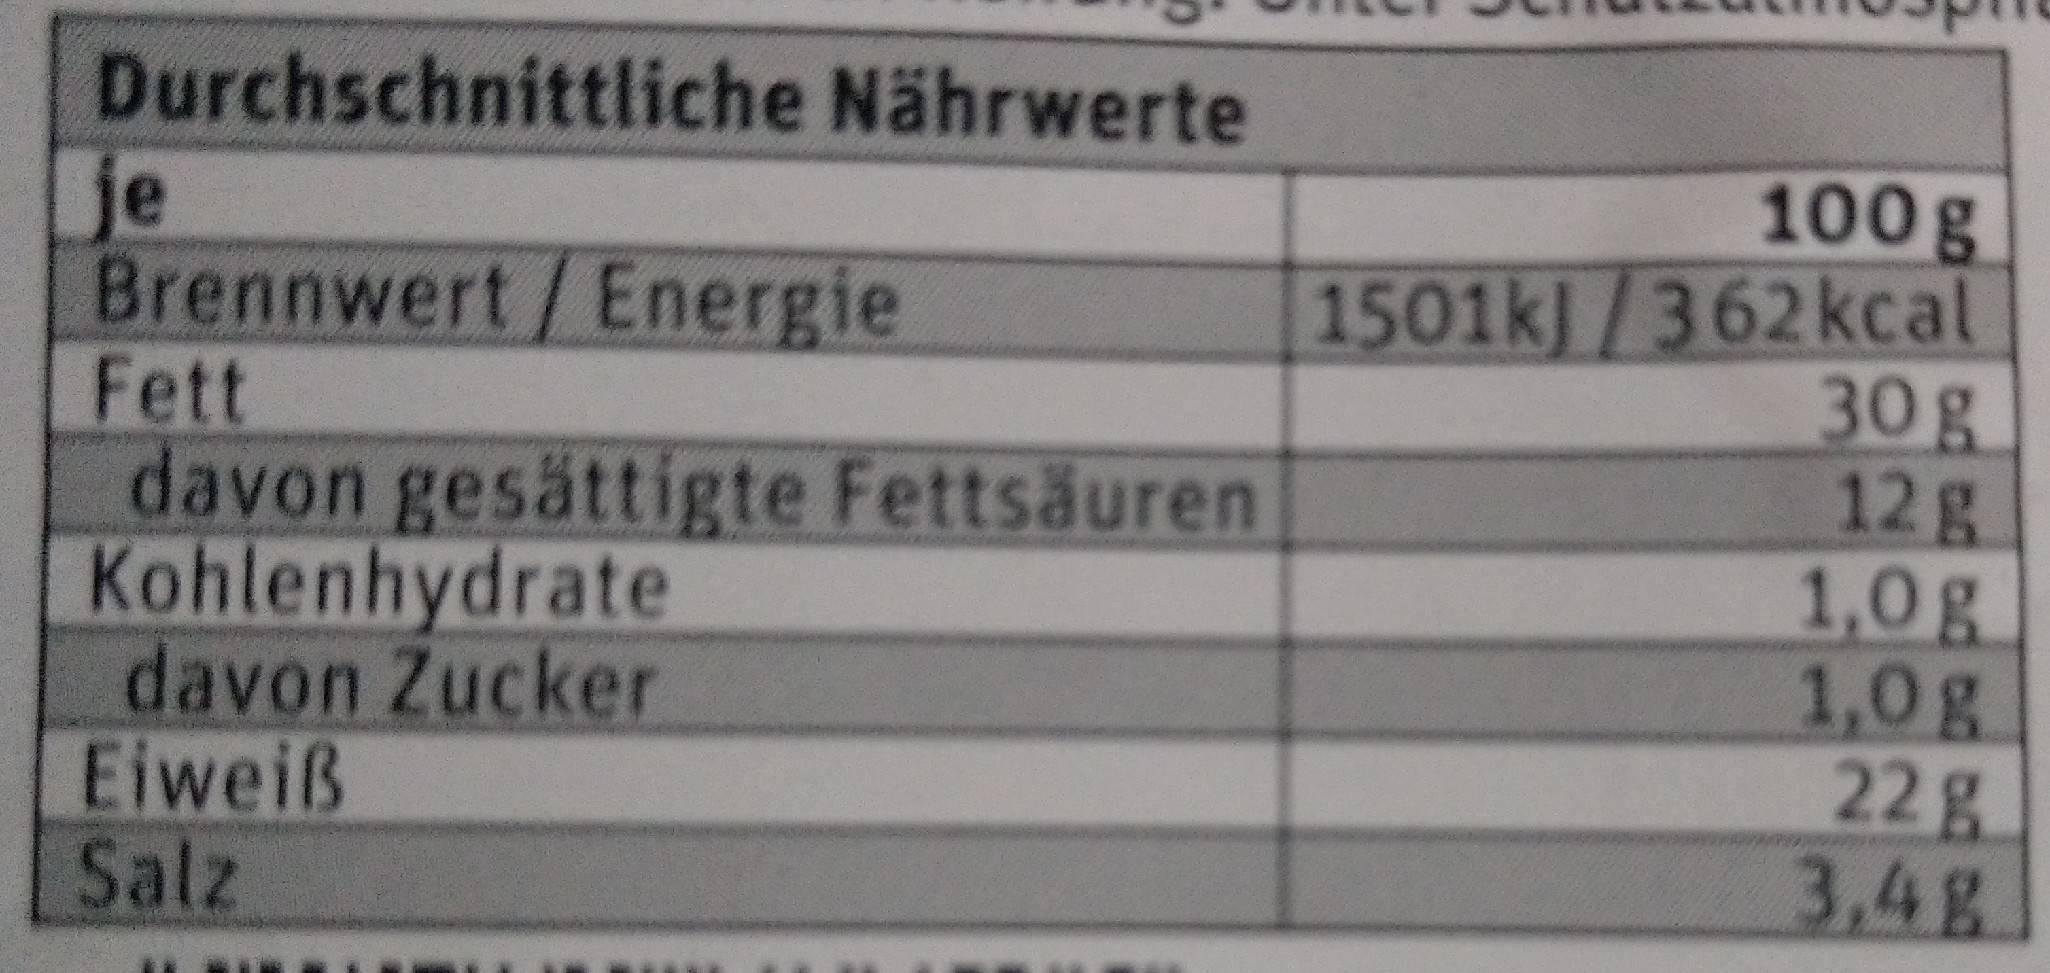
Durchschnittliche Nährwerte je Brennwert/Energie Fett davon gesättigte Fettsäuren Kohlenhydrate davon Zucker Eiweiß Salz
100 g 1501kl/362kcal 30g 12g 1,0g 1,0g 22g 3,4g.